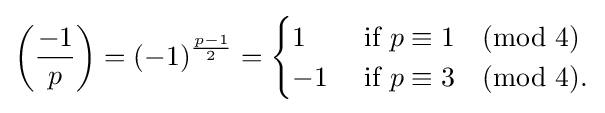
\left({\frac {-1}{p}}\right)=(-1)^{\frac {p-1}{2}}={\begin{cases}1&{\mbox{ if }}p\equiv 1{\pmod {4}}\\-1&{\mbox{ if }}p\equiv 3{\pmod {4}}.\end{cases}}